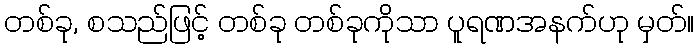
တစ်ခု, စသည်ဖြင့် တစ်ခု တစ်ခုကိုသာ ပူရဏအနက်ဟု မှတ်။